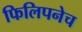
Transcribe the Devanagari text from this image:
फिलिपनेच